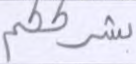
بشرككم